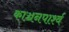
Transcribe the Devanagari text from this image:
काञ्चनपार्श्व